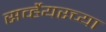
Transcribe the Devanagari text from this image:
सर्व्हेयरच्या